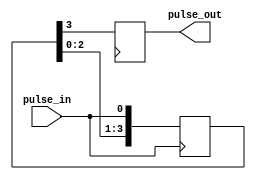
module PulseSynchronizer(
    input wire pulse_in,
    output reg pulse_out
);

reg [3:0] sync_reg = 4'b0000;

always @(posedge pulse_in) begin
    sync_reg <= {sync_reg[2:0], pulse_in};
end

always @(posedge clk) begin
    pulse_out <= sync_reg[3];
end

endmodule